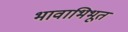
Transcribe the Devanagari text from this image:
भावाभिभूत